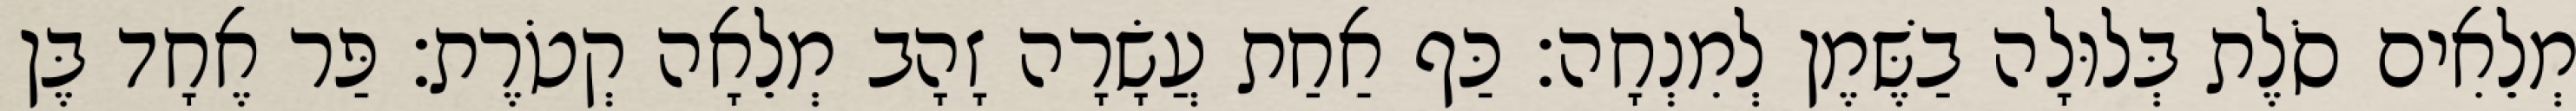
מְלֵאִים סֹלֶת בְּלוּלָה בַשֶּׁמֶן לְמִנְחָה׃ כַּף אַחַת עֲשָׂרָה זָהָב מְלֵאָה קְטֹרֶת׃ פַּר אֶחָד בֶּן